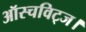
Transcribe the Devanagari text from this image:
ऑस्चविट्ज।